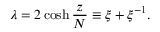
\lambda = 2 \cosh { \frac { z } { N } } \equiv \xi + \xi ^ { - 1 } .